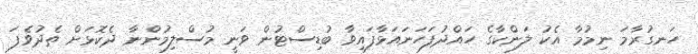
ހަނގުރާމަ ނިމުމާ އެކު ލަންކާގެ ހައްދުފަހަނައަޅާފައިވާ ބުޑިސްޓުން ވަނީ މުސްލިމުންނާ ދެކޮޅަށް ތެދުވެފަ